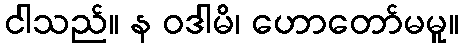
ငါသည်။ န ဝဒါမိ၊ ဟောတော်မမူ။